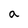
Character: a